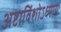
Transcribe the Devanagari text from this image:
अष्टाविंशोऽध्यायः